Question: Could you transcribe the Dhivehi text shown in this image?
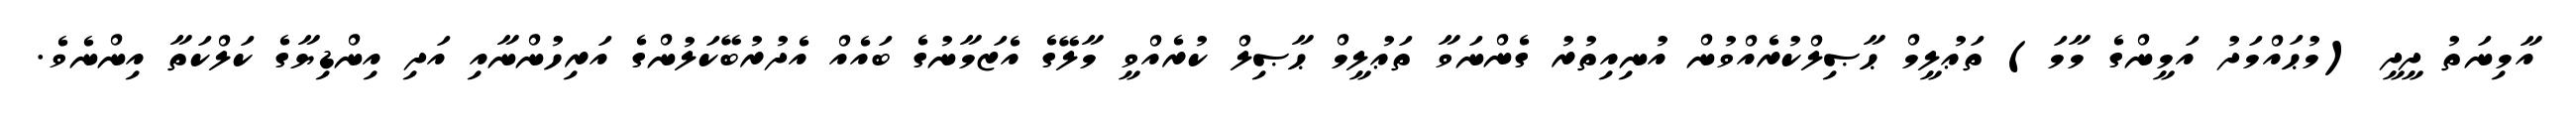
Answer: އާމިނަތު ދީދީ (މުޙައްމަދު އަމީންގެ މާމަ) ތަޢުލީމް ޙާޞިލްކުރެއްވުން އުނިއިތުރު ގެންނަވާ ތަޢުލީމް ޙާޞިލް ކުރެއްވީ މާލޭގެ އެޒަމާނުގެ ބައެއް އެދުރުބޭކަލުންގެ އަރިހުންނާއި އަދި އިންޑިޔާގެ ކަލްކަތާ އިންނެވެ.